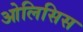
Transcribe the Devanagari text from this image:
ओलिसिस